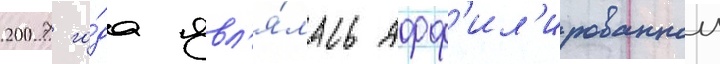
2007 го́да явл'я́лась афф'ил'ированнои